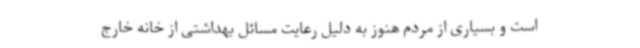
است و بسیاری از مردم هنوز به دلیل رعایت مسائل بهداشتی از خانه خارج